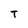
Character: T